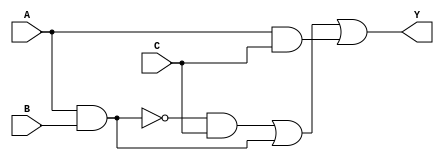
module three_variable_kmap (
    input wire A,  // Input variable A
    input wire B,  // Input variable B
    input wire C,  // Input variable C
    output wire Y  // Output Y based on K-map simplification
);

// K-map simplification
// The simplified Boolean expression derived from the K-map is:
// Y = A'C + AB + AC

assign Y = (A ~& B & C) | (A & B) | (A & C);

endmodule